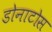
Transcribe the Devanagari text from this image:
डोनाटोस